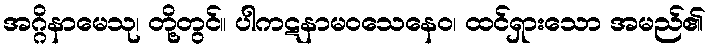
အဂ္ဂိနာမေသု၊ တို့တွင်။ ပါကဋနာမဝသေနေဝ၊ ထင်ရှားသော အမည်၏